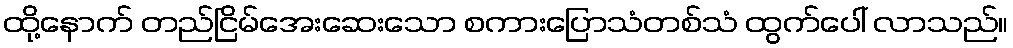
ထို့နောက် တည်ငြိမ်အေးဆေးသော စကားပြောသံတစ်သံ ထွက်ပေါ် လာသည်။